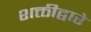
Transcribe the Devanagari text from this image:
शक्तीद्वारे